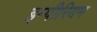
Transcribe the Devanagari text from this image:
इम्पीरियम